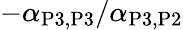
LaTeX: -\alpha_{\mathrm{P3},\mathrm{P3}}/\alpha_{\mathrm{P3},\mathrm{P2}}